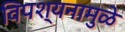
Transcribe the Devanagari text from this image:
विपश्यनामुळे